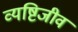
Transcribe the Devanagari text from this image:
व्यष्टिजीव